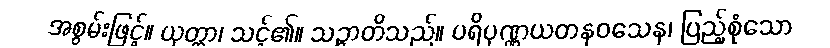
အစွမ်းဖြင့်။ ယုတ္တာ၊ သင့်၏။ သဉ္ဇာတိသည်။ ပရိပုဏ္ဏယတနဝသေန၊ ပြည့်စုံသော